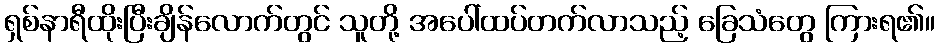
ရှစ်နာရီထိုးပြီးချိန်လောက်တွင် သူတို့ အပေါ်ထပ်တက်လာသည့် ခြေသံတွေ ကြားရ၏။